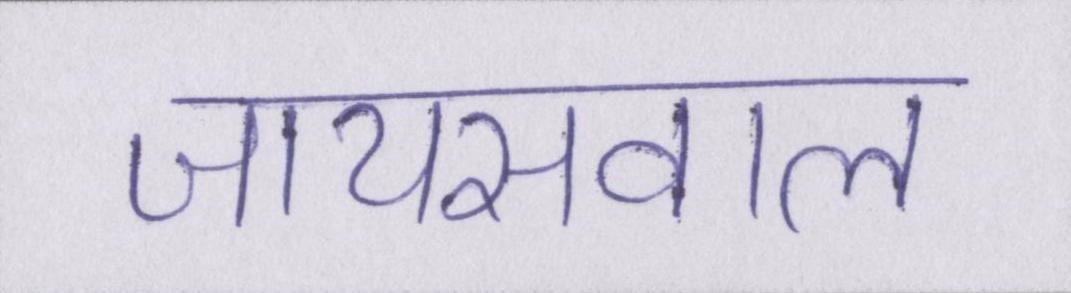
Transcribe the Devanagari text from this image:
जायसवाल